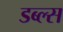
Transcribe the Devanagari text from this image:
डब्ल्स